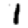
Digit: 1